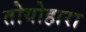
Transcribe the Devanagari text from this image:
तोयोहारा